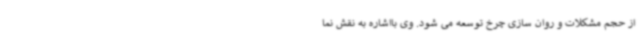
از حجم مشکلات و روان سازی چرخ توسعه می شود. وی بااشاره به نقش نما